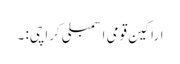
اراکین قومی اسمبلی کراچی: ۔